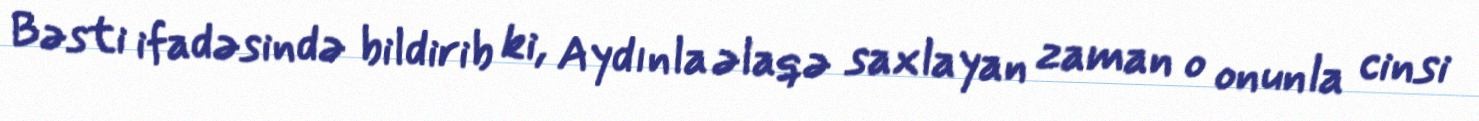
Bəsti ifadəsində bildirib ki, Aydınla əlaqə saxlayan zaman o onunla cinsi